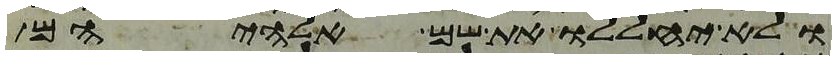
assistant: ולא יחללו את שם אלהיהם